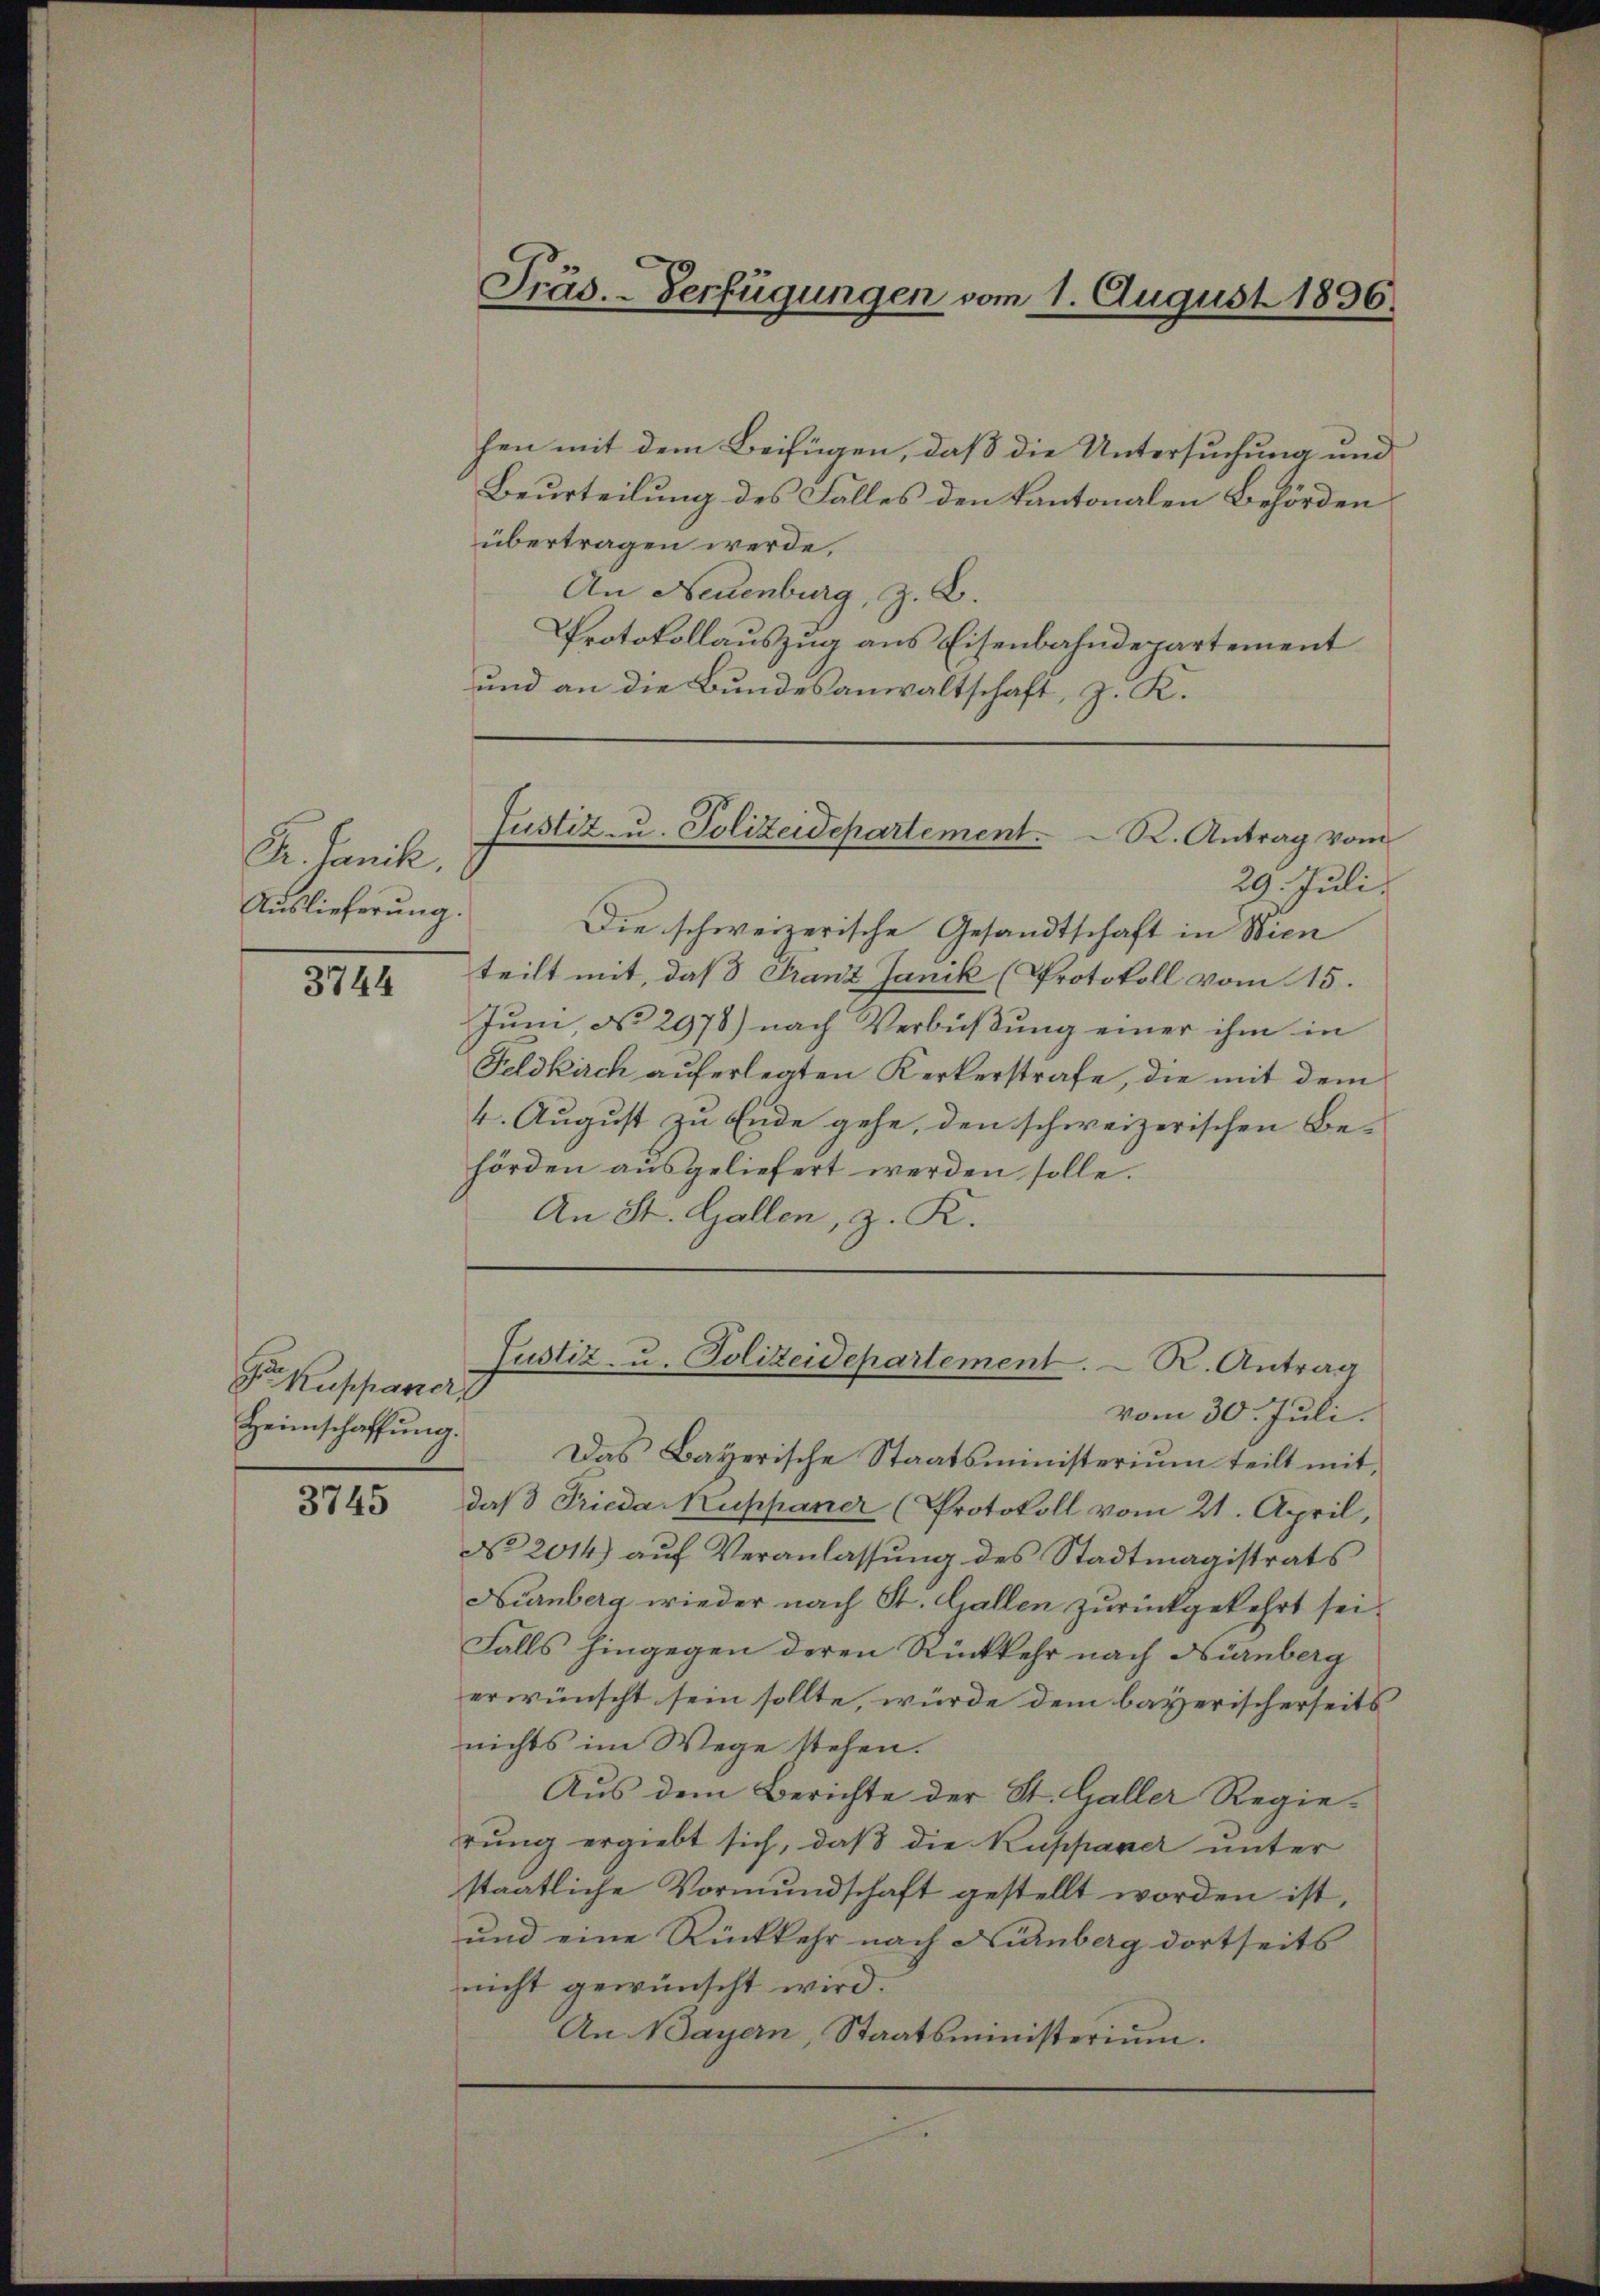
Dr. Janik.

3744

Der Kaspariert
Heimschaffung.

3745

hen mit dem Beifügen, daß die Untersuchung und
Beurteilung des Falles den Kantonalen Behörden
übertragen werde,
An Neuenburg, z. B.
Protokollauszug aus Eisenbahndepartement
und an die Bundesanwaltschaft, z. K.

Präs. - Verfügungen vom 1. August 1896.

Justiz- u. Polizeidepartement. K. Antrag vom

Justiz- u. Polizeidepartement. R. Antrag

29. Juli.
Auslieferung. Die schweizerische Gesandtschaft in Wien
teilt mit, daß Franz Janik (Protokoll vom 15.
Juni, No 2978) nach Verbüßung einer ihm in
Feldkirch auferlegten Kerkerstrafe, die mit dem
4. August zu Ende gehe, den schweizerischen Be-
hörden ausgeliefert werden solle.
An St. Gallen, z. K.

vom 30. Juli.
Das Bayerische Staatsministerium teilt mit
daß Frieda Kuppaner (Protokoll vom 21. April,
No 2014) aŭf Veranlassŭng des Stadtmagistrats
Nürnberg wieder nach St. Gallen zurückgekehrt sei.
Falls hingegen deren Rückkehr nach Nürnberg
erwünscht sein sollte, würde dem bayerischerseits
nichts im Wege stehen.
Aus dem Berichte der St. Galler Regierung ergiebt sich, daß die Kuppaver unter
staatliche Vormundschaft gestellt worden ist,
und eine Rückkehr nach Nürnberg dortseits
nicht gewünscht wird.
An Bayern, Staatsministerium.